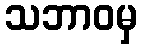
သဘာဝမှ